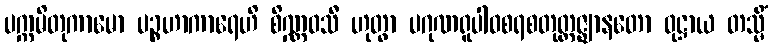
ပက္ကမိတုကာမော ပဉ္စဟာကာရေဟိ စိဏ္ဏဝသီ ဟုတွာ ပဂုဏရူပါဝစရစတုတ္ထဇ္ဈာနတော ဝုဋ္ဌာယ တသ္မိံ